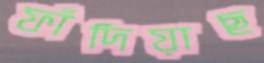
ফাঁদিয়াছ